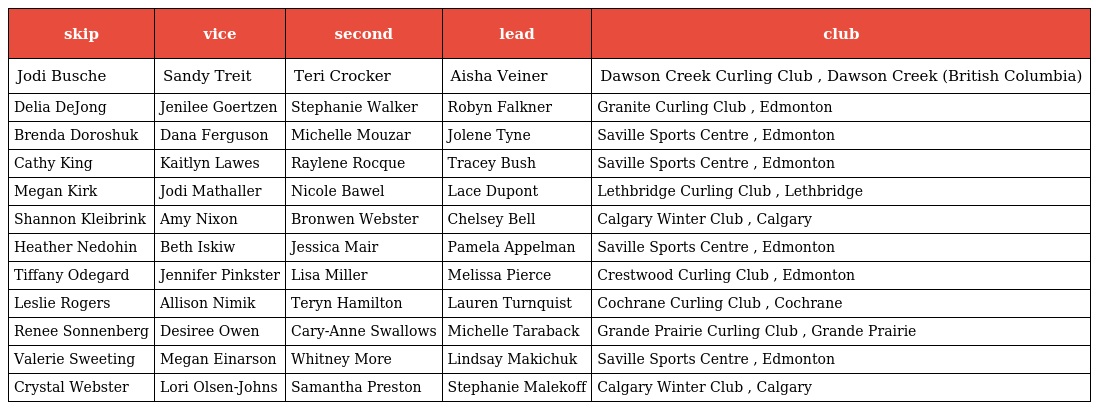
| skip | vice | second | lead | club |
 | --- | --- | --- | --- | --- |
 | Jodi Busche | Sandy Treit | Teri Crocker | Aisha Veiner | Dawson Creek Curling Club , Dawson Creek (British Columbia) |
 | Delia DeJong | Jenilee Goertzen | Stephanie Walker | Robyn Falkner | Granite Curling Club , Edmonton |
 | Brenda Doroshuk | Dana Ferguson | Michelle Mouzar | Jolene Tyne | Saville Sports Centre , Edmonton |
 | Cathy King | Kaitlyn Lawes | Raylene Rocque | Tracey Bush | Saville Sports Centre , Edmonton |
 | Megan Kirk | Jodi Mathaller | Nicole Bawel | Lace Dupont | Lethbridge Curling Club , Lethbridge |
 | Shannon Kleibrink | Amy Nixon | Bronwen Webster | Chelsey Bell | Calgary Winter Club , Calgary |
 | Heather Nedohin | Beth Iskiw | Jessica Mair | Pamela Appelman | Saville Sports Centre , Edmonton |
 | Tiffany Odegard | Jennifer Pinkster | Lisa Miller | Melissa Pierce | Crestwood Curling Club , Edmonton |
 | Leslie Rogers | Allison Nimik | Teryn Hamilton | Lauren Turnquist | Cochrane Curling Club , Cochrane |
 | Renee Sonnenberg | Desiree Owen | Cary-Anne Swallows | Michelle Taraback | Grande Prairie Curling Club , Grande Prairie |
 | Valerie Sweeting | Megan Einarson | Whitney More | Lindsay Makichuk | Saville Sports Centre , Edmonton |
 | Crystal Webster | Lori Olsen-Johns | Samantha Preston | Stephanie Malekoff | Calgary Winter Club , Calgary |